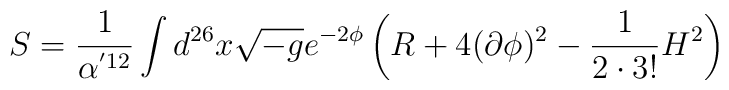
S=\frac{1}{\alpha^{'12}}\int d^{26}x \sqrt{-g} e^{-2\phi}\left(R+4(\partial\phi)^2 - \frac{1}{2\cdot 3!} H^2 \right)